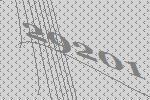
29201